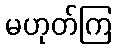
မဟုတ်ကြ